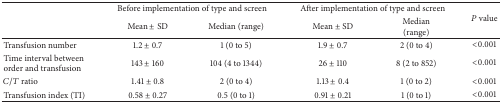
<table><thead><tr><td><b> </b></td><td colspan="2"><b>Before implementation of type and screen</b></td><td colspan="2"><b>After implementation of type and screen </b></td><td rowspan="2"><b><i>P</i> value</b></td></tr><tr><td><b> </b></td><td><b>Mean ± SD</b></td><td><b>Median (range)</b></td><td><b>Mean ± SD</b></td><td><b>Median (range)</b></td></tr></thead><tbody><tr><td>Transfusion number</td><td>1.2 ± 0.7</td><td>1 (0 to 5)</td><td>1.9 ± 0.7</td><td>2 (0 to 4)</td><td>&lt;0.001</td></tr><tr><td>Time interval between order and transfusion</td><td>143 ± 160</td><td>104 (4 to 1344)</td><td>26 ± 110</td><td>8 (2 to 852)</td><td>&lt;0.001</td></tr><tr><td><i>C</i>/<i>T</i> ratio</td><td>1.41 ± 0.8</td><td>2 (0 to 4)</td><td>1.13 ± 0.4</td><td>1 (0 to 2)</td><td>&lt;0.001</td></tr><tr><td>Transfusion index (TI)</td><td>0.58 ± 0.27</td><td>0.5 (0 to 1)</td><td>0.91 ± 0.21</td><td>1 (0 to 1)</td><td>&lt;0.001</td></tr></tbody></table>